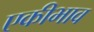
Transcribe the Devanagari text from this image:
एकीभाव